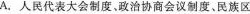
A.人民代表大会制度。政治协商会议制度。民族区